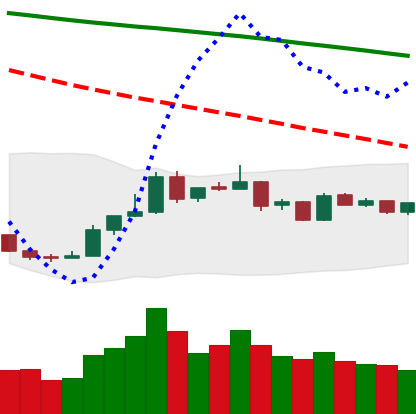
Ticker: BTC-USD
Chart end date: 2019-01-01
Forward return: 6.065%
Label: up_5_7